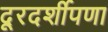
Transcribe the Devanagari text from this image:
दूरदर्शीपणा